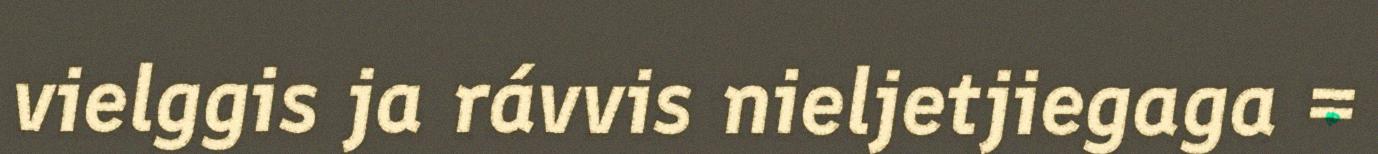
vielggis ja rávvis nieljetjiegaga =